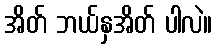
အိတ် ဘယ်နှအိတ် ပါလဲ။